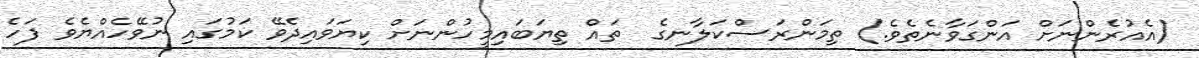
(އެއުރެންނަށް އަންގަވާނެތެވެ.) ތިމަންރަސްކަލާނގެ  ތައް ތިޔަބައިމީހުންނަށް ކިޔަވައިދެވޭ ކަމުގައި ނުވޭހެއްޔެވެ ފަހެ